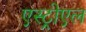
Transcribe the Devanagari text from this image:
एस्ट्रोएल